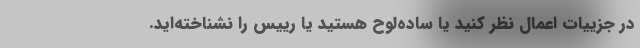
در جزییات اعمال نظر کنید یا ساده‌لوح هستید یا رییس را نشناخته‌اید.